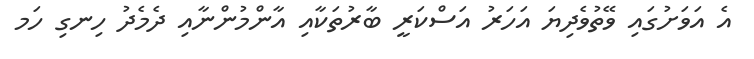
އެ އަވަށުގައި ވޭތުވެދިޔަ އަހަރު އަސްކަރީ ބާރުތަކާއި އާންމުންނާއި ދެމެދު ހިނގި ހަަމ